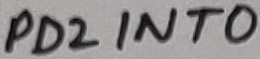
Text: PD2 INT0